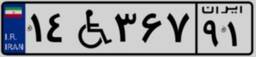
۹۰W۰۹۶۸۹